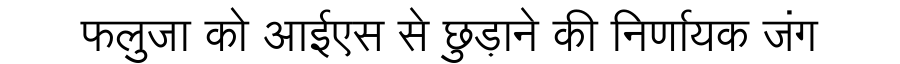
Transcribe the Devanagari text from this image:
फलुजा को आईएस से छुड़ाने की निर्णायक जंग